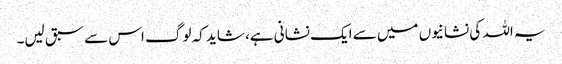
یہ اللہ کی نشانیوں میں سے ایک نشانی ہے، شاید کہ لوگ اس سے سبق لیں۔